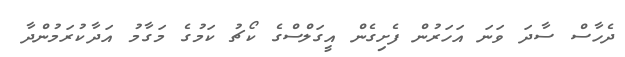
ދެހާސް ސާދަ ވަނަ އަހަރުން ފެށިގެން އީގަލްސްގެ ކޯޗު ކަމުގެ މަގާމު އަދާކުރަމުންދާ